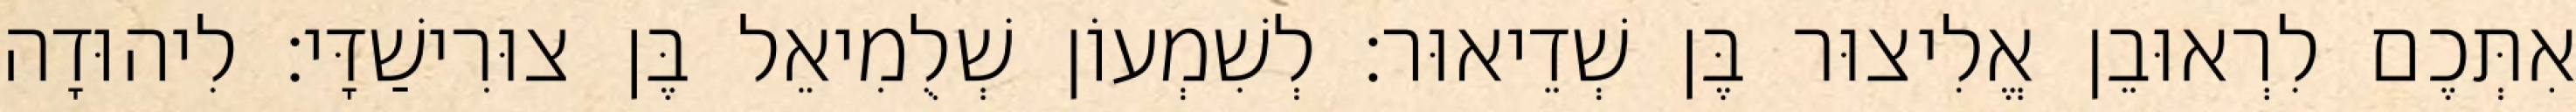
אִתְּכֶם לִרְאוּבֵן אֱלִיצוּר בֶּן שְׁדֵיאוּר׃ לְשִׁמְעוֹן שְׁלֻמִיאֵל בֶּן צוּרִישַׁדָּי׃ לִיהוּדָה